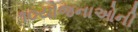
૧૦યોજનાઓની